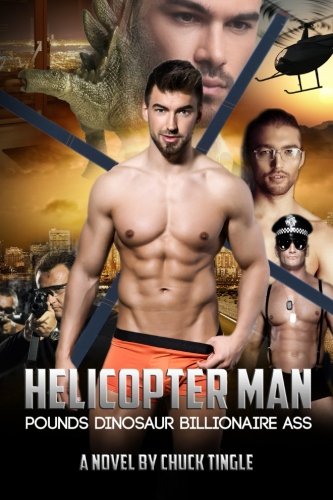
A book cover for Helicopter Man Pounds Dinosaur Billionaire Ass; Dr. Chuck Tingle; Romance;